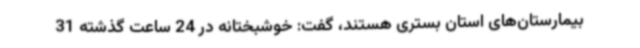
بیمارستان‌های استان بستری هستند، گفت: خوشبختانه در 24 ساعت گذشته 31